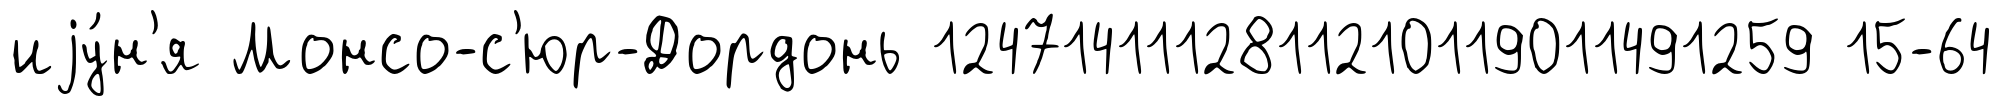
иjу́н'я Монсо-с'юр-Дордонь 1247141112811210119011491259 15-64